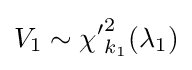
V_{1}\sim {\chi '}_{k_{1}}^{2}(\lambda _{1})